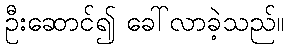
ဦးဆောင်၍ ခေါ်လာခဲ့သည်။